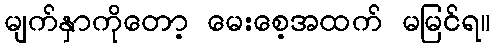
မျက်နှာကိုတော့ မေးစေ့အထက် မမြင်ရ။